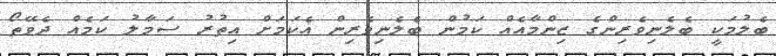
ބެލުމަކީ ބެލެނިވެރިންގެ ޒިންމާއެއް ކަމުން ބެލެނިވެރިން އެކަމަށް އިތުރު ސަމާލު ކަމެއް ދެވޭތޯ